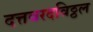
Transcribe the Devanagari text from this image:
दत्तवरदविठ्ठल